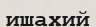
ишахий